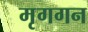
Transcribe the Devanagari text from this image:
मृगगन